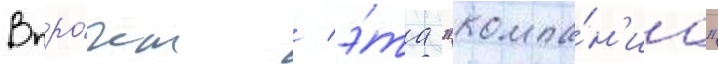
Впро́чем / э́та "компа́н'иа"